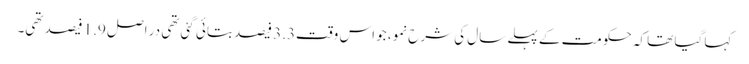
کہا گیا تھا کہ حکومت کے پہلے سال کی شرح نمو، جو اس وقت3.3 فیصد بتائی گئی تھی در اصل 1.9 فیصد تھی۔